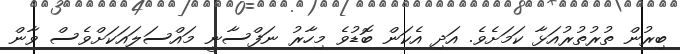
ބިރުން ތުރުތުރުއަޅާ ކަމަށެވެ. އަދި އެކަން ބޮޑުވެ މިހާރު ނަފްސާނީ މައްސަލައަކަށްވެސް ވާން